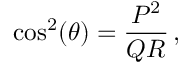
\cos ^ { 2 } ( \theta ) = { \frac { P ^ { 2 } } { Q R } } \, ,